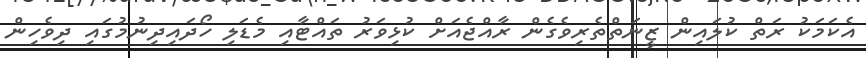
އެކަމަކު ރަތް ކުލައިން ޒީނަތްތެރިވެގެން ރާއްޖެއަށް ކުޅިވަރު ތައްޓާއި މެޑަލި ހޯދައިދިނުމުގައި ދިވެހިން